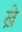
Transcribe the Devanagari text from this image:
ख़े